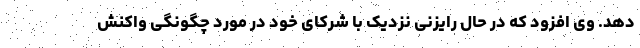
دهد. وی افزود که در حال رایزنی نزدیک با شرکای خود در مورد چگونگی واکنش